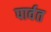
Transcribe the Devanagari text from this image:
पार्वत